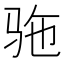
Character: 𫘞